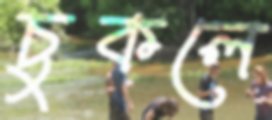
চুকলে